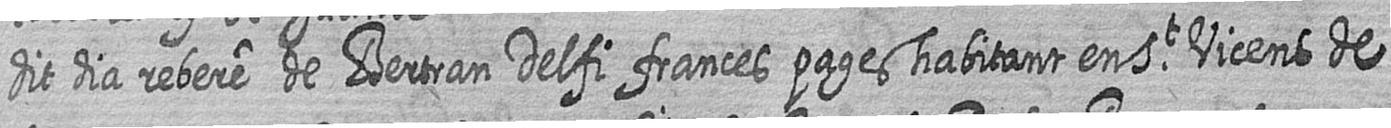
dit dia rebere de Bertran Delfi frances pages habitant en St Vicens de